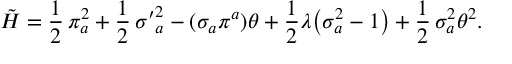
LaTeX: \tilde { \cal H } = \frac { 1 } { 2 } \, \pi _ { a } ^ { 2 } + \frac { 1 } { 2 } \, { \sigma ^ { \prime } } _ { a } ^ { 2 } - ( \sigma _ { a } \pi ^ { a } ) \theta + \frac { 1 } { 2 } \lambda \bigl ( \sigma _ { a } ^ { 2 } - 1 \bigr ) + \frac { 1 } { 2 } \, \sigma _ { a } ^ { 2 } \theta ^ { 2 } .